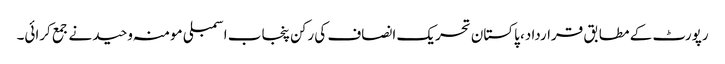
رپورٹ کے مطابق قرارداد، پاکستان تحریک انصاف کی رکن پنجاب اسمبلی مومنہ وحید نے جمع کرائی۔